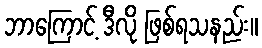
ဘာကြောင့် ဒီလို ဖြစ်ရသနည်း။